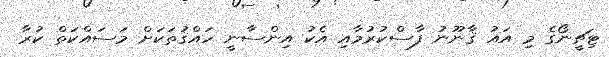
ޓިޗީނޯގެ މި އައު ޤާނޫނު ފާސްކުރުމާއި އެކު އިންސާނީ ހައްޤުތަކަށް މަސައްކަތް ކުރާ